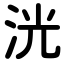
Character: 洸